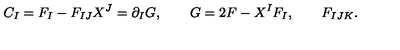
C _ { I } = F _ { I } - F _ { I J } X ^ { J } = \partial _ { I } G , \qquad G = 2 F - X ^ { I } F _ { I } , \qquad F _ { I J K } .